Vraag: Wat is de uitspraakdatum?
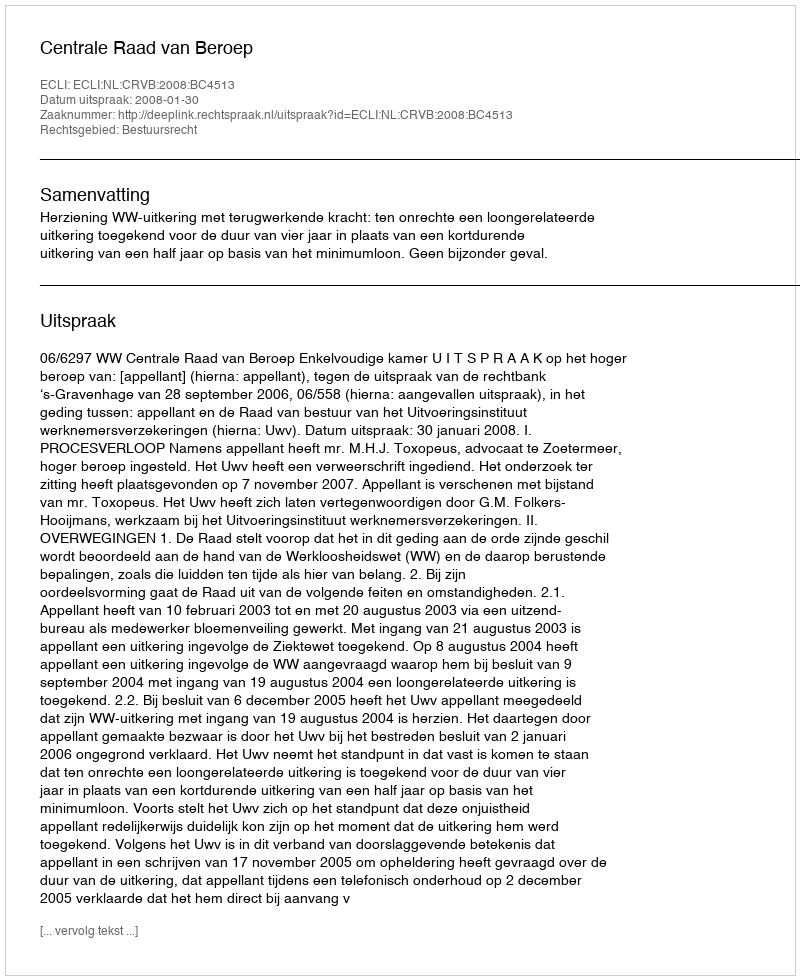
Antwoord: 2008-01-30